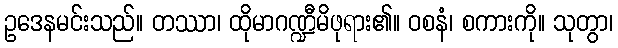
ဥဒေနမင်းသည်။ တဿာ၊ ထိုမာဂဏ္ဍီမိဖုရား၏။ ဝစနံ၊ စကားကို။ သုတွာ၊